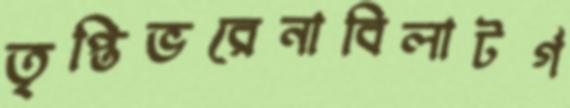
তৃপ্তিভরেনাবিলাটর্গ